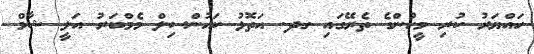
ހައްޔަރު ކުރި މީހުންގެ ތެރޭގައި ގދ. އަތޮޅު ކައުންސިލް މެމްބަރު އަލީ ޝާމް